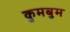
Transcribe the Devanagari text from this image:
कुमबुम